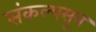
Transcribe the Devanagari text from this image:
संकल्पसूत्र